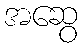
အဆွေ